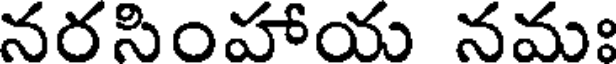
నరసింహాయ నమః